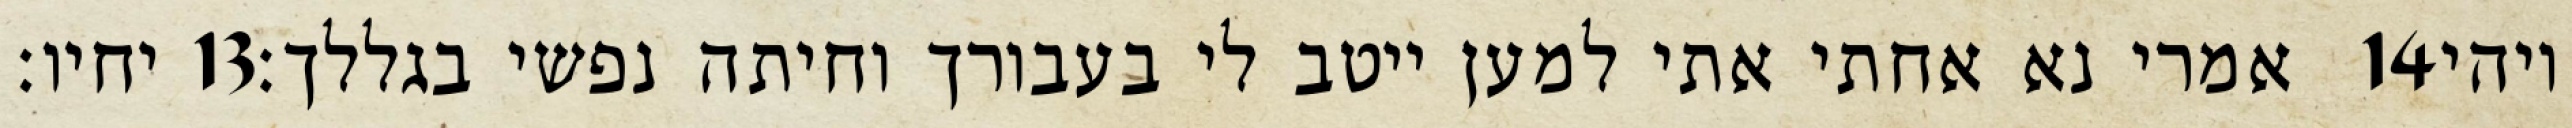
יחיו׃ ‎13‏ אמרי נא אחתי אתי למען ייטב לי בעבורך וחיתה נפשי בגללך׃ ‎14‏ ויהי